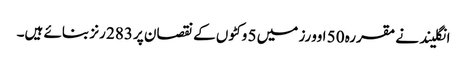
انگلیند نے مقررہ 50 اوورز میں 5 وکٹوں کے نقصان پر 283 رنز بنائے ہیں۔